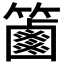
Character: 𥷠